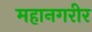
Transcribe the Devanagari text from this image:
महानगरीर